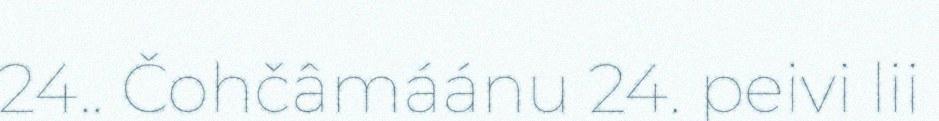
24.. Čohčâmáánu 24. peivi lii